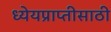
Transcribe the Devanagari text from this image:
ध्येयप्राप्तीसाठी